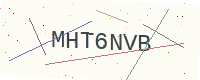
Text: MHT6NVB